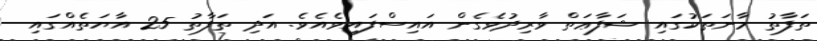
ތަފާތު މާނަތަކުގައި ޝަފާޢަތް ވާރިދުވެގެން އައިސްފައިވެއެވެ. އަދި ތަފާތު 25 އާޔަތެއްގައި